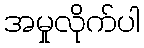
အမှုလိုက်ပါ